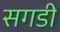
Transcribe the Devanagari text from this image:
सगडी